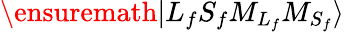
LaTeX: \ensuremath{\vert{L}_{f}{S}_{f}{M}_{{L}_{f}}{M}_{{S}_{f}}\rangle}